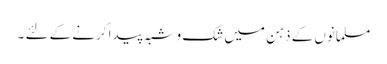
مسلمانوں کے ذہن میں شک و شبہ پیدا کرنے کے لئے ۔